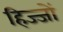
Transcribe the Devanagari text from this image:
हिज्जों